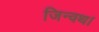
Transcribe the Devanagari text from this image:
जिन्वथ।